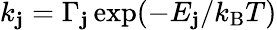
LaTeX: k_{\mathbf{j}}=\Gamma_{\mathbf{j}}\exp(-E_{\mathbf{j}}/k_{\mathrm{{B}}}T)